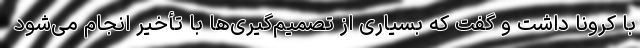
با کرونا داشت و گفت که بسیاری از تصمیم‌گیری‌ها با تأخیر انجام می‌شود